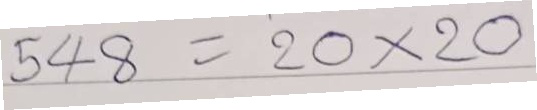
548 = 20x20